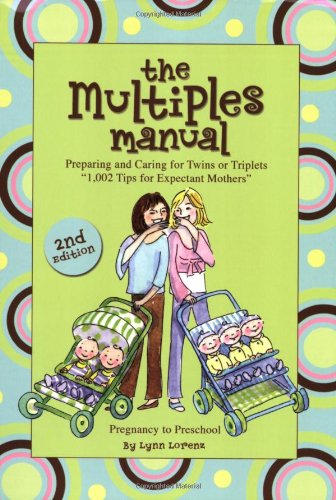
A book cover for The Multiples Manual: Preparing and Caring for Twins or Triplets; Lynn Lorenz; Parenting & Relationships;